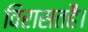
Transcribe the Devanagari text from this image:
विरासतहै।